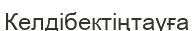
Келдібектіңтауға